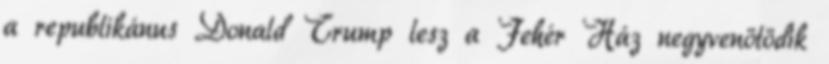
a republikánus Donald Trump lesz a Fehér Ház negyvenötödik